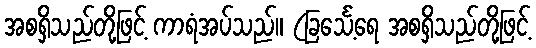
အစရှိသည်တို့ဖြင့် ကာရံအပ်သည်။ (ခြင်္သေ့ရေ အစရှိသည်တို့ဖြင့်